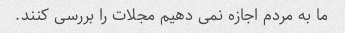
ما به مردم اجازه نمی دهیم مجلات را بررسی کنند.